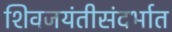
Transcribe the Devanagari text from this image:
शिवजयंतीसंदर्भात